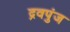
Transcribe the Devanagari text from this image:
द्रवपुंज